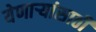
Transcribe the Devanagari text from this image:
येणार्‍यांसाठी